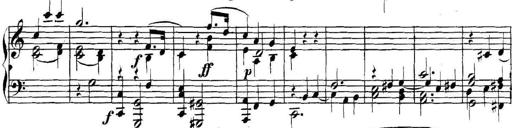
Title: Collected Piano Sonatas
Composer: Muzio Clementi